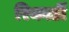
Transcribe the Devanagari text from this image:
रिकार्डी